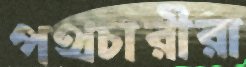
পথচারীরা